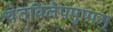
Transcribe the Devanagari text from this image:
श्वेतविलेपपुष्पम्